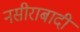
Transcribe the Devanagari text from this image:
नसीराबादी